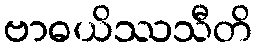
ဗာဓယိဿသီတိ